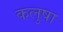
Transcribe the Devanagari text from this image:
कलुषा